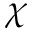
\chi